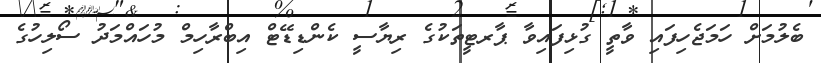
ބެލުމަށް ހަމަޖެހިފައި ވާތީ ގުޅިފައިވާ ޕާރޓީތަކުގެ ރިޔާސީ ކެންޑިޑޭޓް އިބްރާހިމް މުހައްމަދު ސޯލިހުގެ